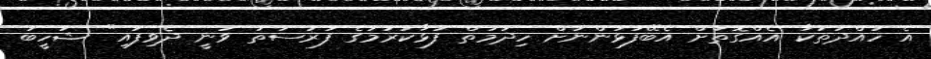
އެ ހުއްދަތަކާ އެއްގޮތަށް އެބޭފުޅުންނަށް ހިދުމަތް ފުޅާކުރުމުގެ ފުރުސަތު ވަނީ ދެވިފައި" ޝަހީބު